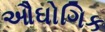
ઔઘોગિક